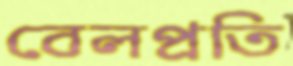
বেলপ্রতি